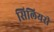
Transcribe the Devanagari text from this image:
सिलियरी